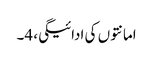
امانتوں کی ادائیگی، 4۔